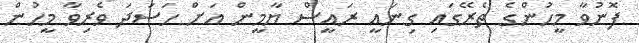
ފޮނުވާ މީހުންގެ ތެރޭގައި ގިނައީ ރައީސް ޔާމީން އަށް ހަސަދަ ވެރިވާ މީހުން